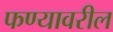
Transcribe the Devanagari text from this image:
फण्यावरील